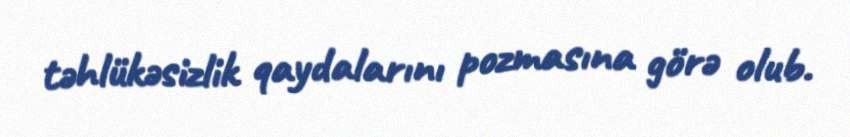
təhlükəsizlik qaydalarını pozmasına görə olub.